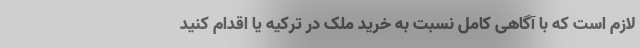
لازم است که با آگاهی کامل نسبت به خرید ملک در ترکیه یا اقدام کنید